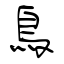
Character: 鳥